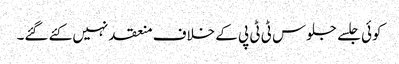
کوئی جلسے جلوس ٹی ٹی پی کے خلاف منعقد نہیں کئے گئے۔